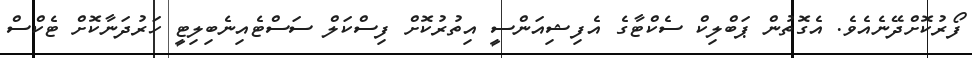
ފޯރުކޮށްދޭނެއެވެ. އެގޮތުން ޕަބްލިކް ސެކްޓާގެ އެފިޝިއަންސީ އިތުރުކޮށް ފިސްކަލް ސަސްޓެއިނެބިލިޓީ ހަރުދަނާކޮށް ޓެކްސް